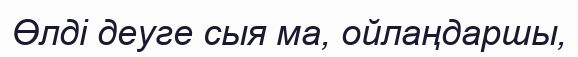
Өлді деуге сыя ма, ойлаңдаршы,